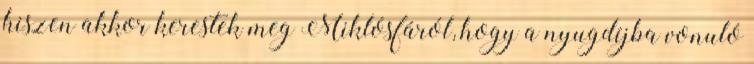
hiszen akkor kerestek meg Miklósfáról, hogy a nyugdíjba vonuló